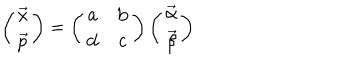
\left( \begin{array} { c } { { \vec { x } } } \\ { { \vec { p } } } \\ \end{array} \right) = \left( \begin{array} { c c } { { { \mathbf a } } } & { { { \mathbf b } } } \\ { { { \mathbf d } } } & { { { \mathbf c } } } \\ \end{array} \right) \left( \begin{array} { c } { { \vec { \alpha } } } \\ { { \vec { \beta } } } \\ \end{array} \right)